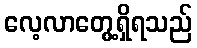
လေ့လာတွေ့ရှိရသည်